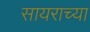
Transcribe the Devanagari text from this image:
सायराच्या